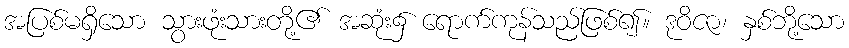
အပြစ်မရှိသော သွားဖုံးသားတို့၏ အဆုံး၌ ရောက်ကုန်သည်ဖြစ်၍။ ဒုဝိဇာ၊ နှစ်ဘို့သော